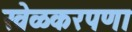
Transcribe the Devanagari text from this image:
खेळकरपणा